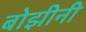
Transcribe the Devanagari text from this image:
बोझीनी